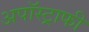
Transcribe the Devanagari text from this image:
अपॉस्ट्राफी